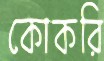
কোকরি